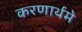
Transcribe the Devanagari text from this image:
करणार्थमे